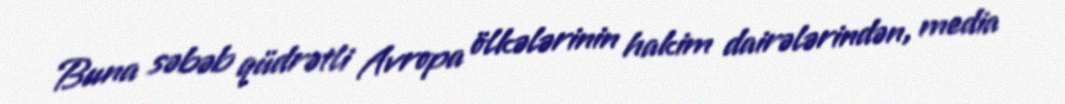
Buna səbəb qüdrətli Avropa ölkələrinin hakim dairələrindən, media